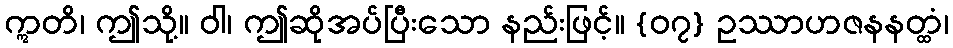
ဣတိ၊ ဤသို့။ ဝါ၊ ဤဆိုအပ်ပြီးသော နည်းဖြင့်။ {၀၇} ဥဿာဟဇနနတ္ထံ၊